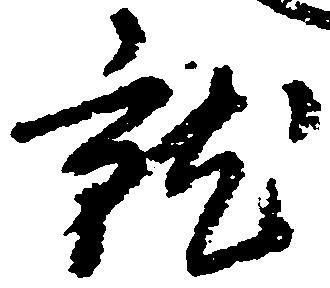
就